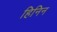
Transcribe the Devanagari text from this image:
हिनिन